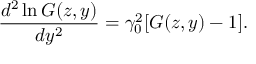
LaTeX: \frac { d ^ { 2 } \ln G ( z , y ) } { d y ^ { 2 } } = \gamma _ { 0 } ^ { 2 } [ G ( z , y ) - 1 ] .